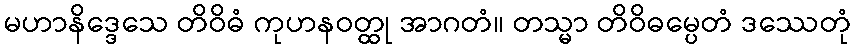
မဟာနိဒ္ဒေသေ တိဝိဓံ ကုဟနဝတ္ထု အာဂတံ။ တသ္မာ တိဝိဓမ္ပေတံ ဒဿေတုံ